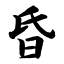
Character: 昏